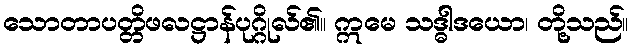
သောတာပတ္တိဖလဋ္ဌာန်ပုဂ္ဂိုလ်၏။ ဣမေ သဒ္ဓါဒယော၊ တို့သည်။